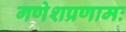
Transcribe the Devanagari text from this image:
गणेशप्रणामः